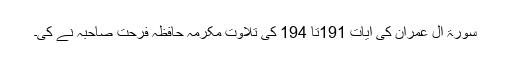
سورۃ آل عمران کی آیات 191تا 194 کی تلاوت مکرمہ حافظہ فرحت صاحبہ نے کی۔